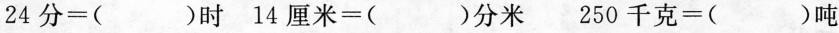
24分=( )时 14厘米=( )分米 250千克=( )吨